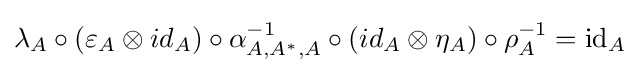
\lambda _{A}\circ (\varepsilon _{A}\otimes id_{A})\circ \alpha _{A,A^{*},A}^{-1}\circ (id_{A}\otimes \eta _{A})\circ \rho _{A}^{-1}=\mathrm {id} _{A}